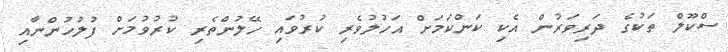
ސްކޫލް ތަކުގެ ދަރިވަރުން އެކި ކަންކަމަށް އަހުލުވެރި ކުރުވައި ހޭލުންތެރި ކުރުވުމަށް ފުލުހުންނާއި